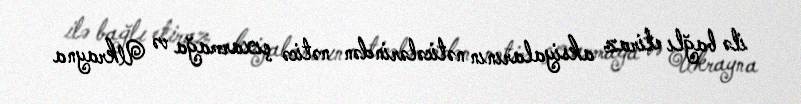
ilə bağlı etiraz aksiyalarının nəticələrindən nəticə çıxarmağa və Ukrayna